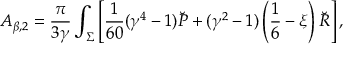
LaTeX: A _ { \beta , 2 } = { \frac { \pi } { 3 \gamma } } \int _ { \Sigma } \left[ { \frac { 1 } { 6 0 } } ( \gamma ^ { 4 } - 1 ) \breve { \cal P } + ( \gamma ^ { 2 } - 1 ) \left( \frac 1 6 - \xi \right) \breve { R } \right] ,